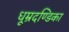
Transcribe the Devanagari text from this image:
धूम्रदण्डिका